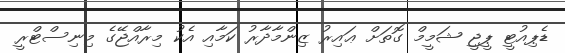
ޑެޕިއުޓީ ޕީޖީ ޝަމީމް ގޮތަށް ޢައިރު ޒިންމާދާރު ކަމާއި އެކު މިރާއްޖޭގެ މިނިސްޓްރީ